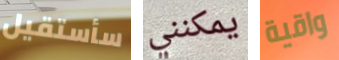
سأستقيل يمكنني واقية